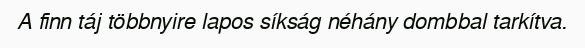
A finn táj többnyire lapos síkság néhány dombbal tarkítva.